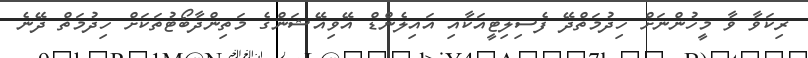
ރިކަވާ ވާ މީހުންނަށް ހިދުމަތްދޭ ފެސިލިޓީއަކާއި އައިލެންޑް އޭވިއޭޝަންގެ މަތިންދާބޯޓުތަކަށް ހިދުމަތް ދޭނެ